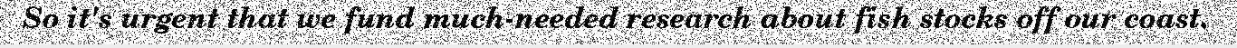
So it's urgent that we fund much-needed research about fish stocks off our coast.